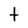
Character: t